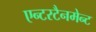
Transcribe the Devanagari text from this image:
एन्टरटैनमेन्ट